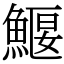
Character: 鰋